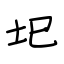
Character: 圯